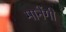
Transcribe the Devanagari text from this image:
मानेंगी